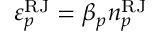
\varepsilon _ { p } ^ { \mathrm { R J } } = \beta _ { p } n _ { p } ^ { \mathrm { R J } }